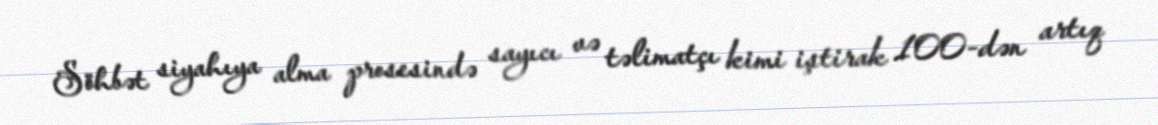
Söhbət siyahıya alma prosesində sayıcı və təlimatçı kimi iştirak 100-dən artıq